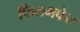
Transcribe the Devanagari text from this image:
फिलमफेर